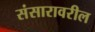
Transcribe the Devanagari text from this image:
संसारावरील